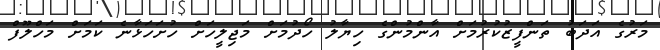
މަރުގެ އަދަބު ތަންފީޒުކުރުމަށް އާންމުންގެ ހިޔާލު ހޯދުމަށް މަޖިލީހަށް ހުށަހަޅާނެ ކަމަށް މަހްލޫފް